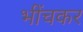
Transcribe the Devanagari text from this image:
भींचकर